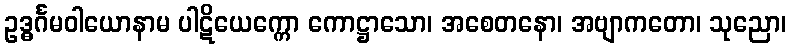
ဥဒ္ဓင်္ဂမဝါယောနာမ ပါဋိယေက္ကော ကောဋ္ဌာသော၊ အစေတနော၊ အဗျာကတော၊ သုညော၊